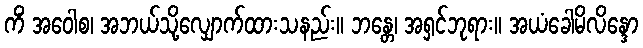
ကိံ အဝေါစ၊ အဘယ်သို့လျှောက်ထားသနည်း။ ဘန္တေ၊ အရှင်ဘုရား။ အယံခေါမိလိန္ဒော